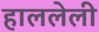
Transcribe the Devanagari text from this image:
हाललेली